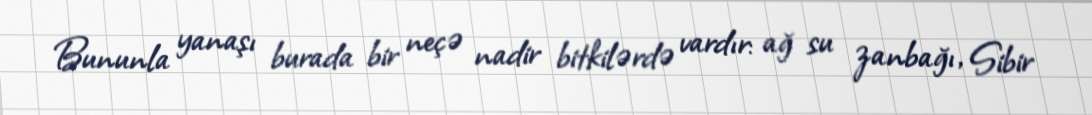
Bununla yanaşı burada bir neçə nadir bitkilərdə vardır: ağ su zanbağı, Sibir